Annual report of the Punjab Veterinary College and of the Civil Veterinary Department, Punjab - 1920-1925
Year: 1920
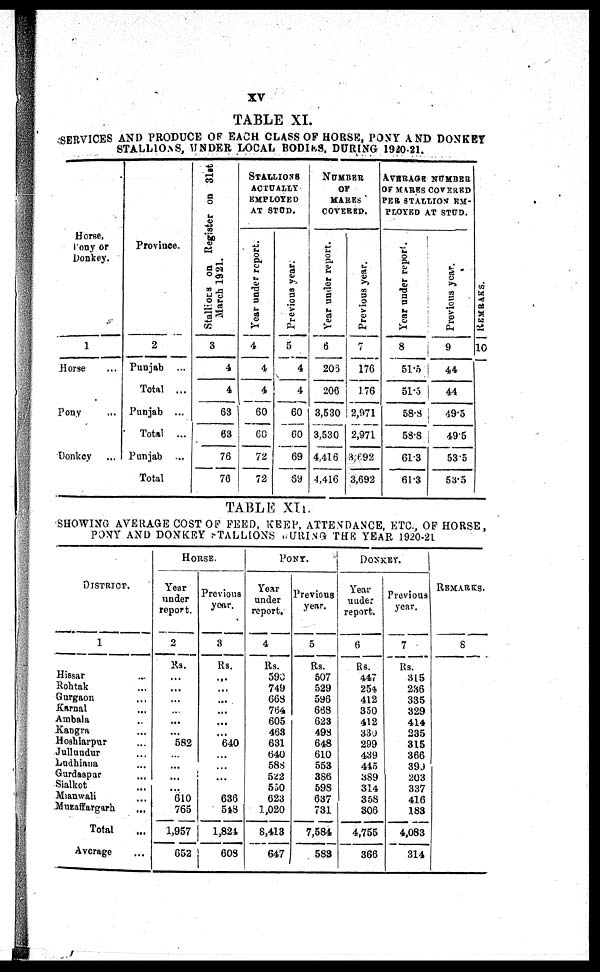
XV
TABLE XI.
SERVICES AND PRODUCE OF EACH CLASS OF HORSE, PONY AND DONKEY
STALLIONS, UNDER LOCAL BODIES, DURING 1920-21.
Horse,
Pony or
Donkey.
1
Horse ...
Pony ...
Donkey ...
Province.
2
Punjab ...
Total ...
Punjab ...
Total ...
Punjab ...
Total
Stallions
on Register on 31st
March 1921.
3
4
4
63
63
76
76
STALLIONS
ACTUALLY
EMPLOYED
AT STUD.
Year under report.
4
4
4
60
60
72
72
Previous year.
5
4
4
60
60
69
69
NUMBER
OF
MARES
COVERED.
Year under report.
6
203
206
3,530
3,530
4,416
4,416
Previous year.
7
176
176
2,971
2,971
3,692
3,692
AVERAGE NUMBER
OF MARES COVERED
PER STALLION EM-
PLOYED AT STUD.
Year under report.
8
51.5
51.5
58.8
58.8
61.3
61.3
Previous year.
9
44
44
49.5
49.5
53.5
53.5
REMARKS.
10
TABLE XII.
SHOWI NG AVERAGE COST OF FEED, KEEP, ATTENDANCE, ETC. , OF HORSE,
PONY AND DONKEY STALLIONS DURING THE YEAR 1920-21
DISTRICT.
1
Hissar ...
Roht ak ...
Gurgaon ...
Karnal ...
Ambal a ...
Kangra ...
Hoahi arpur ...
Jullundur ...
Ludhi ana ...
Gurdaspur ...
Sialkot ...
Mi anwal i ...
Muzaffargarh ...
Total ...
Average ...
HORSE.
Year
under
report.
2
Rs.
...
...
...
... ...
...
582
... ...
...
...
610
765
1, 957
652
Previous
year.
3
Rs.
...
... ...
... ...
...
640
...
...
...
... 636
548
1, 824
608
PONY.
Year
under
report.
4
Rs.
590
749
663
764
605
463
631
640
588
522
550
623
1, 020
8, 413
647
Previous
year.
5
Rs.
507
529
596
668
623
498
648
610
553
386
598
637
731
7, 584
583
DONKEY.
Year
under
report.
6
Rs.
447
254
412
350
412
330
299
439
445
389
314
358
306
4, 755
366
Previous
year.
7
Rs.
315
236
335
329
414
235
315
366
399
203
337
416
183
4, 083
314
REMARKS.
8